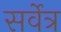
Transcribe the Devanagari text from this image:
सर्वेत्र